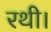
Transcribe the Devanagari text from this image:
रथी।